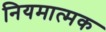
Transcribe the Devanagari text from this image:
नियमात्मक